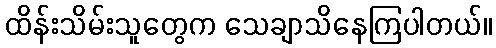
ထိန်းသိမ်းသူတွေက သေချာသိနေကြပါတယ်။